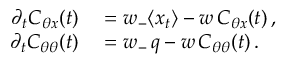
\begin{array} { r l } { \partial _ { t } C _ { \theta x } ( t ) } & { { } = w _ { - } \langle x _ { t } \rangle - w \, C _ { \theta x } ( t ) \, , } \\ { \partial _ { t } C _ { \theta \theta } ( t ) } & { { } = w _ { - } \, q - w \, C _ { \theta \theta } ( t ) \, . } \end{array}